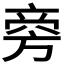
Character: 𬀊